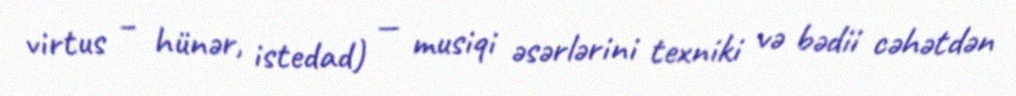
virtus – hünər, istedad) — musiqi əsərlərini texniki və bədii cəhətdən